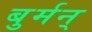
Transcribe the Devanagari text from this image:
बुर्मन्